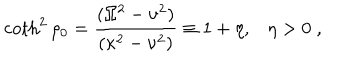
\coth ^ { 2 } \rho _ { 0 } = { \frac { ( \Omega ^ { 2 } - \nu ^ { 2 } ) } { ( \kappa ^ { 2 } - \nu ^ { 2 } ) } } \equiv 1 + \eta , \eta > 0 \; ,